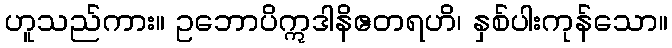
ဟူသည်ကား။ ဥဘောပိဣဒါနိဧတရဟိ၊ နှစ်ပါးကုန်သော။